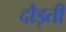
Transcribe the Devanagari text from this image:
दौड़तीं